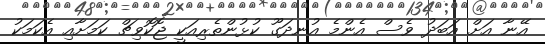
އޭނާ އަށް އަބަދު ވެސް އެންމެ އުނދަގޫ ކުޅުންތެރިއަކީ ޖޮކޮވިޗް ކަމަށާއި އެކަމަކު